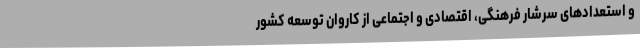
و استعدادهای سرشار فرهنگی، اقتصادی و اجتماعی از کاروان توسعه کشور